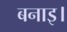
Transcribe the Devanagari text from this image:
बनाइ।